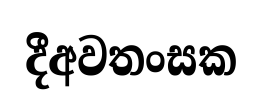
දීඅවතංසක